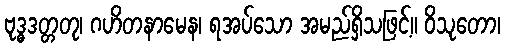
ဗုဒ္ဓဒတ္တတု၊ ဂဟိတနာမေန၊ ရအပ်သော အမည်ရှိသဖြင့်။ ဝိသုတော၊